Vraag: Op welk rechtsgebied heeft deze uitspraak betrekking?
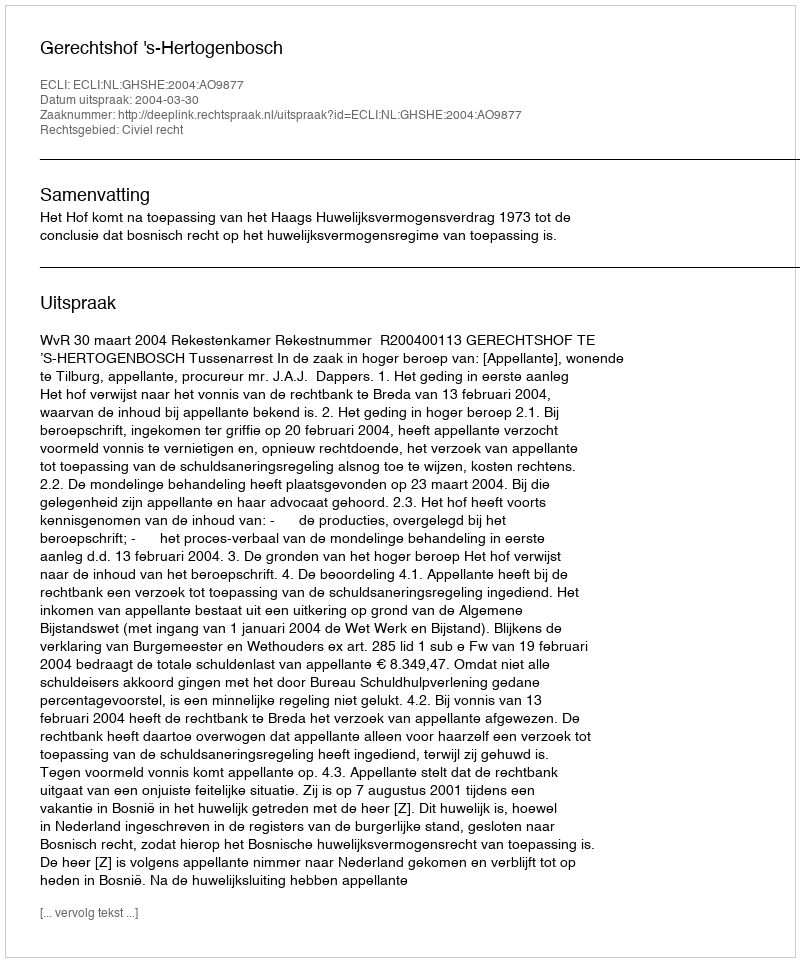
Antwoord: Civiel recht